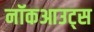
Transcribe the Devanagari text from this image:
नॉकआउट्स